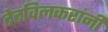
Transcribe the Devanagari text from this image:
टेटविलकरांनी